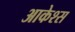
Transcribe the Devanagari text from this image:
आकेश्स